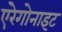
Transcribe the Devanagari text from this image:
एंरेगोनाइट